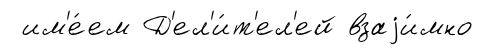
им'е́ем Д'ел'и́т'ел'ей взаjи́мно